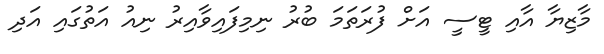
މާޒިޔާ އާއި ޓީސީ އަށް ފުރަތަމަ ބުރު ނިމިފައިވާއިރު ނިއު އަތުގައި އަދި